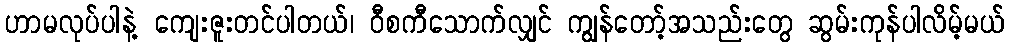
ဟာမလုပ်ပါနဲ့ ကျေးဇူးတင်ပါတယ်၊ ဝီစကီသောက်လျှင် ကျွန်တော့်အသည်းတွေ ဆွမ်းကုန်ပါလိမ့်မယ်